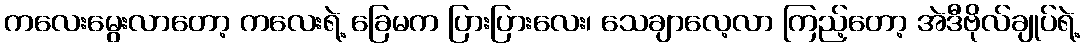
ကလေးမွေးလာတော့ ကလေးရဲ့ ခြေမက ပြားပြားလေး၊ သေချာလေ့လာ ကြည့်တော့ အဲဒီဗိုလ်ချုပ်ရဲ့